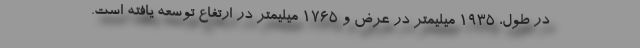
در طول، 1935 میلیمتر در عرض و 1765 میلیمتر در ارتفاع توسعه یافته است.